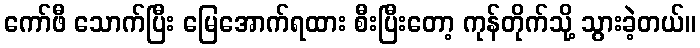
ကော်ဖီ သောက်ပြီး မြေအောက်ရထား စီးပြီးတော့ ကုန်တိုက်သို့ သွားခဲ့တယ်။